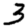
Digit: 3